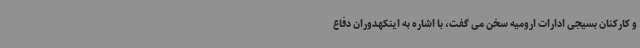
و کارکنان بسیجی ادارات ارومیه سخن می گفت، با اشاره به اینکهدوران دفاع